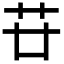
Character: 𦬵